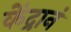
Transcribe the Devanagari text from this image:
केंद्रानं